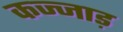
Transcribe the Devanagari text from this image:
कज्जाड़